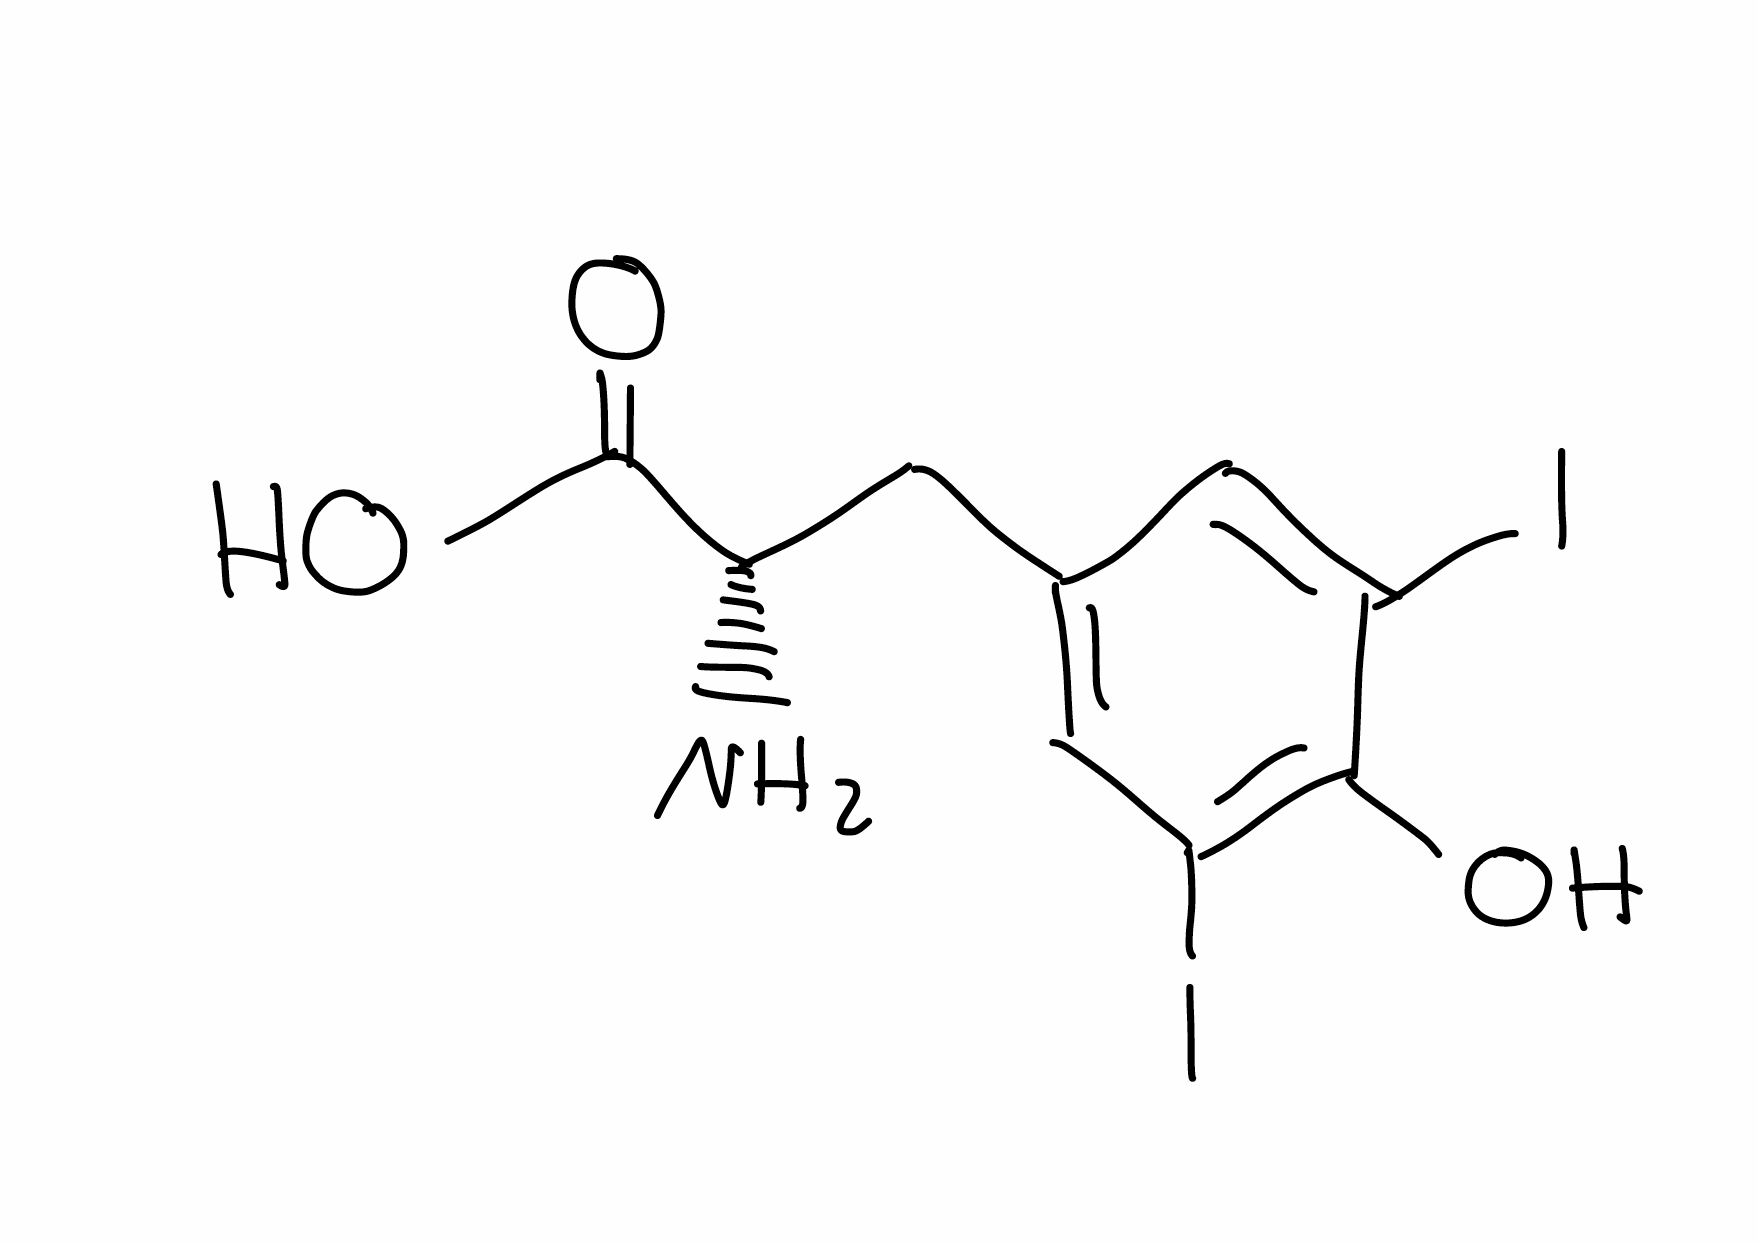
Simplified molecular-input line-entry system (SMILES) notation of the given molecule:
C1=C(C=C(C(=C1I)O)I)C[C@@H](C(=O)O)N